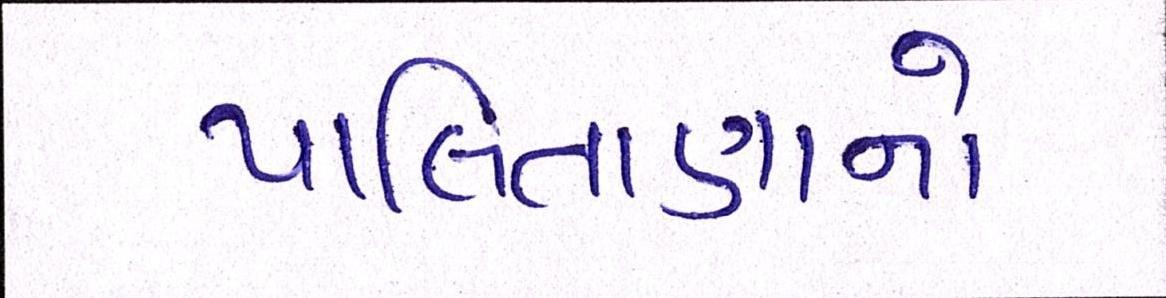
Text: પાલિતાણાનો